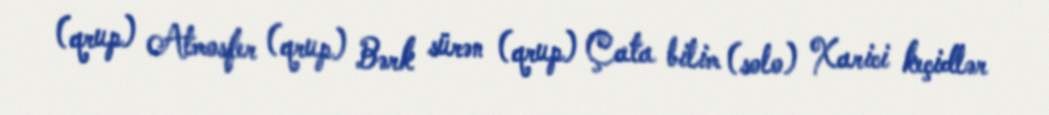
(qrup) Atmosfer (qrup) Bərk sürən (qrup) Çata bilim (solo) Xarici keçidlər